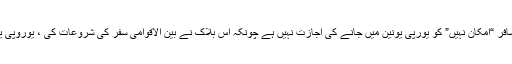
جیسے ہی معاملات میں اضافہ ہوتا ہے ، امریکی مسافر “امکان نہیں” کو یورپی یونین میں جانے کی اجازت نہیں ہے چونکہ اس بلاک نے بین الاقوامی سفر کی شروعات کی ، یوروپی یونین کے متعدد سفارتکاروں نے سی این این کو بتایا۔